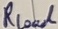
Text: RLoul